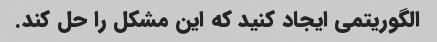
الگوریتمی ایجاد کنید که این مشکل را حل کند.